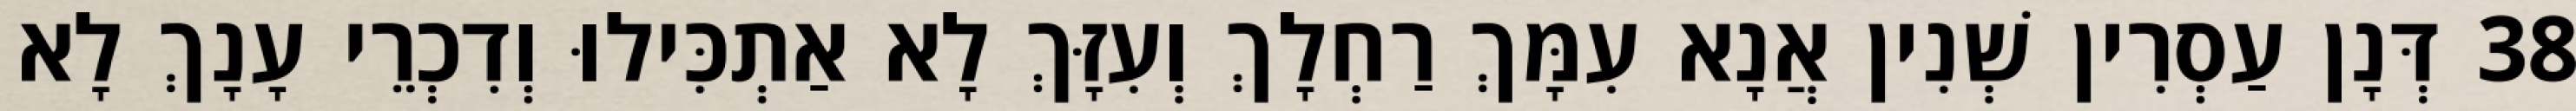
38 דְּנָן עַסְרִין שְׁנִין אֲנָא עִמָּךְ רַחְלָךְ וְעִזָּךְ לָא אַתְכִּילוּ וְדִכְרֵי עָנָךְ לָא